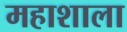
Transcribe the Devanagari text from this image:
महाशाला